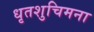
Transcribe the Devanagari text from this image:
धृतशुचिमना